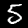
Label: 5